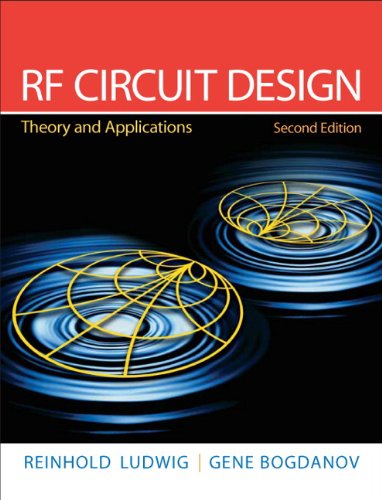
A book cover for RF Circuit Design: Theory & Applications (2nd Edition); Reinhold Ludwig; Crafts, Hobbies & Home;